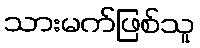
သားမက်ဖြစ်သူ